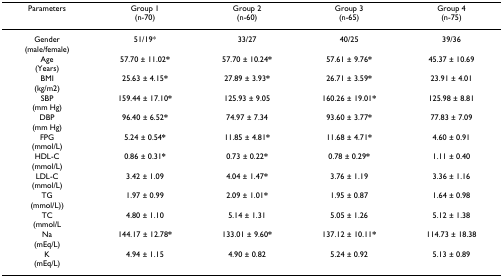
| Parameters | Group 1(n-70) | Group 2(n-60) | Group 3(n-65) | Group 4(n-75) |
 | --- | --- | --- | --- | --- |
 | Gender(male/female) | 51/19* | 33/27 | 40/25 | 39/36 |
 | Age(Years) | 57.70 ± 11.02* | 57.70 ± 10.24* | 57.61 ± 9.76* | 45.37 ± 10.69 |
 | BMI(kg/m2) | 25.63 ± 4.15* | 27.89 ± 3.93* | 26.71 ± 3.59* | 23.91 ± 4.01 |
 | SBP(mm Hg) | 159.44 ± 17.10* | 125.93 ± 9.05 | 160.26 ± 19.01* | 125.98 ± 8.81 |
 | DBP(mm Hg) | 96.40 ± 6.52* | 74.97 ± 7.34 | 93.60 ± 3.77* | 77.83 ± 7.09 |
 | FPG(mmol/L) | 5.24 ± 0.54* | 11.85 ± 4.81* | 11.68 ± 4.71* | 4.60 ± 0.91 |
 | HDL-C(mmol/L) | 0.86 ± 0.31* | 0.73 ± 0.22* | 0.78 ± 0.29* | 1.11 ± 0.40 |
 | LDL-C(mmol/L) | 3.42 ± 1.09 | 4.04 ± 1.47* | 3.76 ± 1.19 | 3.36 ± 1.16 |
 | TG(mmol/L)) | 1.97 ± 0.99 | 2.09 ± 1.01* | 1.95 ± 0.87 | 1.64 ± 0.98 |
 | TC(mmol/L | 4.80 ± 1.10 | 5.14 ± 1.31 | 5.05 ± 1.26 | 5.12 ± 1.38 |
 | Na(mEq/L) | 144.17 ± 12.78* | 133.01 ± 9.60* | 137.12 ± 10.11* | 114.73 ± 18.38 |
 | K(mEq/L) | 4.94 ± 1.15 | 4.90 ± 0.82 | 5.24 ± 0.92 | 5.13 ± 0.89 |